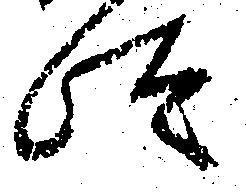
汰